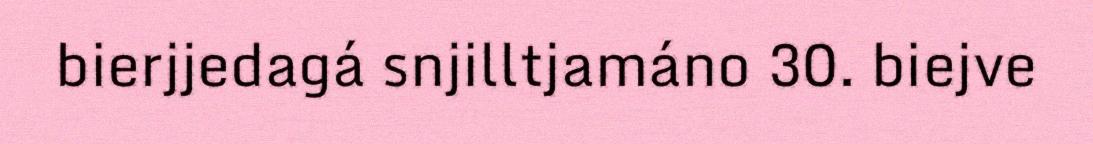
bierjjedagá snjilltjamáno 30. biejve